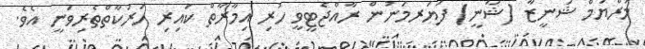
މަރްޔަމް ޝަނީޒާ (ޝާނީ) ފަޔަރމަނުން ރާއްޖެޓީވީ ހުރި އިމާރާތް ކައިރި ހަރަކާތްތެރިވަނީ އެވެ.